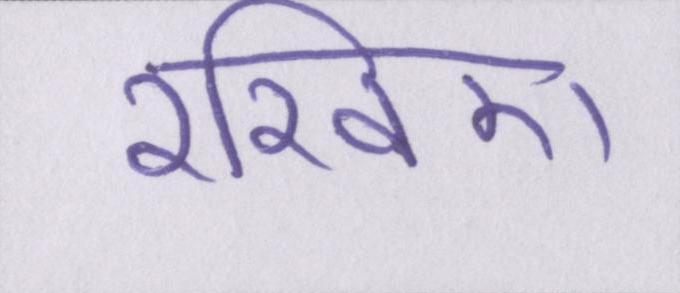
रखिए